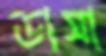
ডাসা